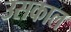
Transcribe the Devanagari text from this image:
उसकाल